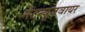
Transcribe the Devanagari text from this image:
नेटन्यूज़वायर